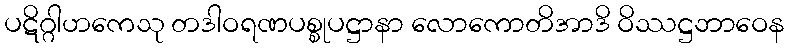
ပဋိဂ္ဂါဟကေသု တဒါဝရဏပစ္စုပဋ္ဌာနာ လောကောတိအာဒိ ဝိဿဋ္ဌဘာဝေန